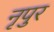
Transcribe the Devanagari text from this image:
नृपुर